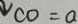
\downarrow C O = a